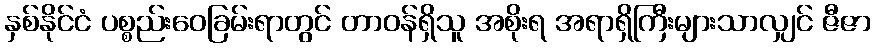
နှစ်နိုင်ငံ ပစ္စည်းဝေခြမ်းရာတွင် တာဝန်ရှိသူ အစိုးရ အရာရှိကြီးများသာလျှင် ဇီဇာ